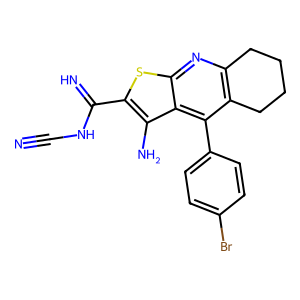
SMILES: N#CNC(=N)c1sc2nc3c(c(-c4ccc(Br)cc4)c2c1N)CCCC3
Inhibits HIV replication: No